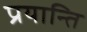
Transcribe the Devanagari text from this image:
प्रयान्ति